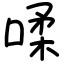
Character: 㖻